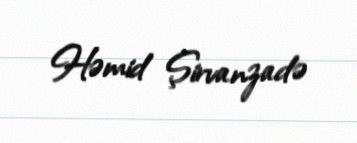
Həmid Şirvanzadə